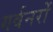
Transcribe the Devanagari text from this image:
गर्वनरों